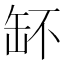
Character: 𦈧